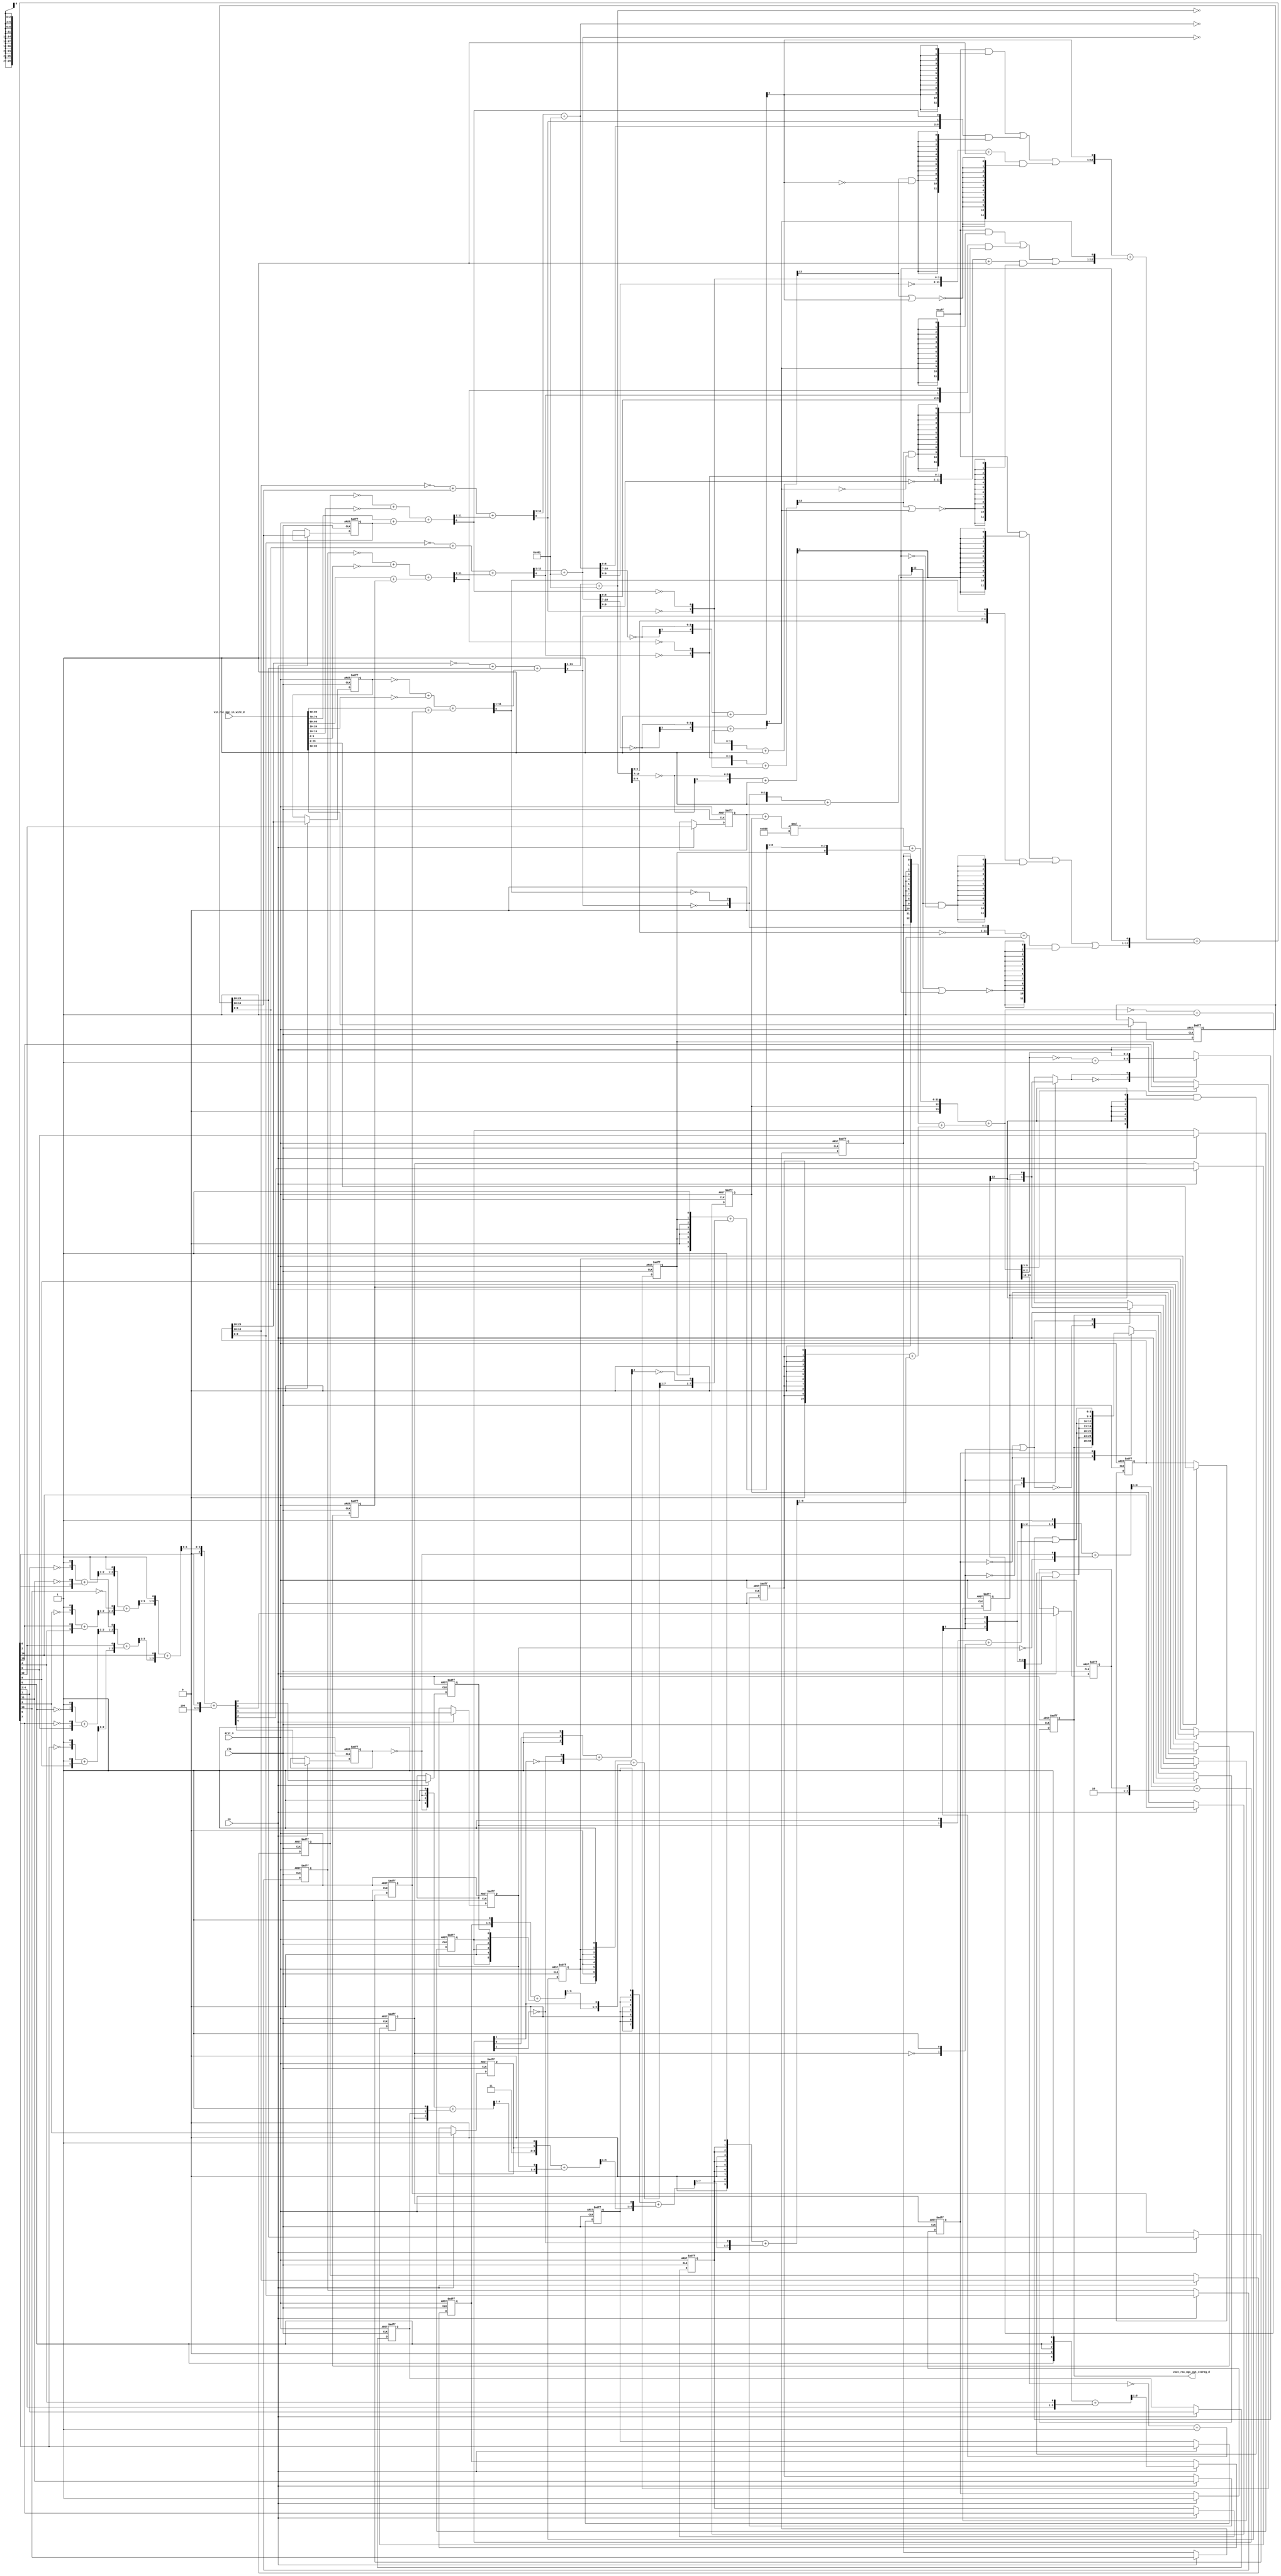
module edge_detect_core (
  clk, en, arst_n, vin_rsc_mgc_in_wire_d, vout_rsc_mgc_out_stdreg_d
);
  input clk;
  input en;
  input arst_n;
  input [89:0] vin_rsc_mgc_in_wire_d;
  output [29:0] vout_rsc_mgc_out_stdreg_d;
  reg [29:0] vout_rsc_mgc_out_stdreg_d;


  // Interconnect Declarations
  reg absmax_3_else_slc_svs;
  reg [9:0] ACC2_slc_regs_regs_2_1_itm;
  reg [9:0] ACC2_slc_regs_regs_2_sg2_itm;
  reg [9:0] ACC2_slc_regs_regs_2_1_3_itm;
  reg [9:0] ACC2_slc_regs_regs_2_sg2_3_itm;
  reg [9:0] ACC2_slc_regs_regs_2_1_4_itm;
  reg [9:0] ACC2_slc_regs_regs_2_sg2_4_itm;
  reg FRAME_avg_slc_acc_imod_itm_1;
  reg FRAME_avg_slc_acc_psp_57_itm_1;
  reg FRAME_avg_slc_acc_psp_46_itm_1;
  reg FRAME_avg_slc_acc_psp_35_itm_1;
  reg FRAME_avg_slc_acc_psp_27_itm_1;
  reg [4:0] FRAME_avg_slc_10_itm_1;
  reg FRAME_avg_slc_acc_psp_21_itm_1;
  reg FRAME_avg_slc_acc_imod_6_itm_1;
  reg FRAME_avg_slc_acc_psp_51_itm_1;
  reg FRAME_avg_slc_acc_psp_40_itm_1;
  reg FRAME_avg_slc_acc_psp_31_itm_1;
  reg FRAME_avg_slc_acc_psp_24_itm_1;
  reg FRAME_avg_slc_acc_psp_17_itm_1;
  reg FRAME_avg_slc_acc_psp_79_itm_1;
  reg main_stage_0_2;
  wire [10:0] ACC1_if_acc_50_psp_1;
  wire [11:0] nl_ACC1_if_acc_50_psp_1;
  wire [10:0] ACC1_if_acc_46_psp_1;
  wire [11:0] nl_ACC1_if_acc_46_psp_1;
  wire [10:0] ACC1_if_acc_psp_1;
  wire [11:0] nl_ACC1_if_acc_psp_1;
  wire [13:0] FRAME_avg_acc_1_psp_1_sva_1;
  wire [14:0] nl_FRAME_avg_acc_1_psp_1_sva_1;
  wire [11:0] ACC1_if_acc_49_sdt;
  wire [12:0] nl_ACC1_if_acc_49_sdt;
  wire [11:0] ACC1_if_acc_38_sdt;
  wire [12:0] nl_ACC1_if_acc_38_sdt;
  wire [11:0] ACC1_if_acc_45_sdt;
  wire [12:0] nl_ACC1_if_acc_45_sdt;
  wire [11:0] ACC1_if_acc_33_sdt;
  wire [12:0] nl_ACC1_if_acc_33_sdt;
  wire [11:0] ACC1_if_acc_42_sdt;
  wire [12:0] nl_ACC1_if_acc_42_sdt;
  wire [11:0] ACC1_if_acc_28_sdt;
  wire [12:0] nl_ACC1_if_acc_28_sdt;
  reg reg_FRAME_avg_slc_acc_imod_9_itm_1_cse;
  reg reg_FRAME_avg_slc_acc_imod_8_itm_1_cse;
  reg reg_FRAME_avg_slc_acc_imod_5_itm_1_cse;
  reg [29:0] reg_regs_regs_0_sva_sg2_cse;
  reg [29:0] reg_regs_regs_0_sva_2_cse;
  wire [3:0] absmax_3_if_acc_itm;
  wire [4:0] nl_absmax_3_if_acc_itm;
  wire [6:0] absmax_absmax_return_3_sg1_lpi_1_dfm_1;
  wire [2:0] absmax_absmax_return_7_lpi_1_dfm_1;
  wire [2:0] acc_imod_1_sva;
  wire [3:0] nl_acc_imod_1_sva;
  wire [4:0] acc_imod_sva;
  wire [5:0] nl_acc_imod_sva;
  wire [14:0] acc_psp_1_sva;
  wire [15:0] nl_acc_psp_1_sva;
  wire [13:0] absmax_3_else_acc_itm;
  wire [14:0] nl_absmax_3_else_acc_itm;
  wire [13:0] absmax_else_if_acc_itm;
  wire [13:0] absmax_1_else_if_acc_itm;
  wire [13:0] absmax_2_else_if_acc_itm;
  wire [4:0] absmax_2_if_acc_itm;
  wire [5:0] nl_absmax_2_if_acc_itm;
  wire [4:0] absmax_1_if_acc_itm;
  wire [5:0] nl_absmax_1_if_acc_itm;
  wire [4:0] absmax_if_acc_itm;
  wire [5:0] nl_absmax_if_acc_itm;

  wire[2:0] absmax_3_else_mux_1_nl;
  wire[0:0] mux_1_nl;
  wire[11:0] absmax_1_mux1h_nl;
  wire[11:0] absmax_2_mux1h_nl;
  wire[11:0] absmax_mux1h_nl;

  // Interconnect Declarations for Component Instantiations 
  assign nl_FRAME_avg_acc_1_psp_1_sva_1 = conv_u2s_13_14({FRAME_avg_slc_acc_psp_57_itm_1
      , (conv_u2u_24_12(conv_u2u_2_12(conv_u2u_1_2(FRAME_avg_slc_acc_psp_46_itm_1)
      + conv_u2u_1_2(FRAME_avg_slc_acc_psp_57_itm_1)) * 12'b10101010101) + conv_u2u_9_12({FRAME_avg_slc_acc_psp_35_itm_1
      , (readslicef_9_8_1((conv_u2u_8_9({FRAME_avg_slc_acc_psp_35_itm_1 , 1'b0 ,
      FRAME_avg_slc_acc_psp_35_itm_1 , 1'b0 , FRAME_avg_slc_acc_psp_35_itm_1 , 1'b0
      , FRAME_avg_slc_acc_psp_35_itm_1 , 1'b1}) + conv_u2u_8_9({(readslicef_8_7_1((({FRAME_avg_slc_acc_psp_27_itm_1
      , 1'b0 , FRAME_avg_slc_acc_psp_27_itm_1 , 1'b0 , FRAME_avg_slc_acc_psp_27_itm_1
      , 1'b0 , FRAME_avg_slc_acc_psp_27_itm_1 , 1'b1}) + conv_u2u_7_8({(readslicef_7_6_1((conv_u2u_6_7({FRAME_avg_slc_10_itm_1
      , 1'b1}) + conv_u2u_6_7({FRAME_avg_slc_acc_psp_21_itm_1 , 1'b0 , FRAME_avg_slc_acc_psp_21_itm_1
      , 1'b0 , FRAME_avg_slc_acc_psp_21_itm_1 , FRAME_avg_slc_acc_imod_6_itm_1}))))
      , (acc_imod_1_sva[1])})))) , (~ (readslicef_3_1_2((({1'b1 , (acc_imod_1_sva[0])
      , 1'b1}) + conv_u2s_2_3({(~ (acc_imod_1_sva[1])) , (~ (acc_imod_1_sva[2]))})))))}))))}))})
      + conv_s2s_13_14(conv_u2s_12_13({FRAME_avg_slc_acc_psp_51_itm_1 , 1'b0 , FRAME_avg_slc_acc_psp_51_itm_1
      , 1'b0 , FRAME_avg_slc_acc_psp_51_itm_1 , 1'b0 , FRAME_avg_slc_acc_psp_51_itm_1
      , 1'b0 , FRAME_avg_slc_acc_psp_51_itm_1 , 1'b0 , ({{1{FRAME_avg_slc_acc_psp_51_itm_1}},
      FRAME_avg_slc_acc_psp_51_itm_1})}) + conv_s2s_11_13(conv_u2s_10_11({FRAME_avg_slc_acc_psp_40_itm_1
      , 1'b0 , FRAME_avg_slc_acc_psp_40_itm_1 , 1'b0 , FRAME_avg_slc_acc_psp_40_itm_1
      , 1'b0 , FRAME_avg_slc_acc_psp_40_itm_1 , 1'b0 , ({{1{FRAME_avg_slc_acc_psp_40_itm_1}},
      FRAME_avg_slc_acc_psp_40_itm_1})}) + conv_s2s_9_11(readslicef_10_9_1((conv_u2s_9_10({FRAME_avg_slc_acc_psp_31_itm_1
      , 1'b0 , FRAME_avg_slc_acc_psp_31_itm_1 , 1'b0 , FRAME_avg_slc_acc_psp_31_itm_1
      , 1'b0 , ({{1{FRAME_avg_slc_acc_psp_31_itm_1}}, FRAME_avg_slc_acc_psp_31_itm_1})
      , 1'b1}) + conv_s2s_8_10({(readslicef_8_7_1((conv_u2s_7_8({FRAME_avg_slc_acc_psp_24_itm_1
      , 1'b0 , FRAME_avg_slc_acc_psp_24_itm_1 , 1'b0 , ({{1{FRAME_avg_slc_acc_psp_24_itm_1}},
      FRAME_avg_slc_acc_psp_24_itm_1}) , 1'b1}) + conv_s2s_5_8({(readslicef_5_4_1((conv_u2s_4_5({2'b11
      , FRAME_avg_slc_acc_psp_17_itm_1 , 1'b1}) + ({(readslicef_5_4_1((conv_u2u_4_5({(~
      reg_FRAME_avg_slc_acc_imod_9_itm_1_cse) , 1'b1 , (~ reg_FRAME_avg_slc_acc_imod_9_itm_1_cse)
      , 1'b1}) + conv_u2u_3_5({reg_FRAME_avg_slc_acc_imod_8_itm_1_cse , FRAME_avg_slc_acc_psp_79_itm_1
      , 1'b1})))) , reg_FRAME_avg_slc_acc_imod_5_itm_1_cse})))) , reg_FRAME_avg_slc_acc_imod_8_itm_1_cse}))))
      , (~ (acc_imod_1_sva[2]))}))))));
  assign FRAME_avg_acc_1_psp_1_sva_1 = nl_FRAME_avg_acc_1_psp_1_sva_1[13:0];
  assign nl_absmax_3_else_acc_itm = (~ FRAME_avg_acc_1_psp_1_sva_1) + 14'b1;
  assign absmax_3_else_acc_itm = nl_absmax_3_else_acc_itm[13:0];
  assign absmax_absmax_return_3_sg1_lpi_1_dfm_1 = ((FRAME_avg_acc_1_psp_1_sva_1[9:3])
      & (signext_7_1(absmax_3_else_acc_itm[13]))) | (signext_7_1(absmax_3_if_acc_itm[3]));
  assign mux_1_nl = MUX_s_1_2_2({(absmax_3_else_acc_itm[13]) , absmax_3_else_slc_svs},
      absmax_3_if_acc_itm[3]);
  assign absmax_3_else_mux_1_nl = MUX_v_3_2_2({((~ (FRAME_avg_acc_1_psp_1_sva_1[2:0]))
      + 3'b1) , (FRAME_avg_acc_1_psp_1_sva_1[2:0])}, mux_1_nl);
  assign absmax_absmax_return_7_lpi_1_dfm_1 = (absmax_3_else_mux_1_nl) | (signext_3_1(absmax_3_if_acc_itm[3]));
  assign nl_absmax_3_if_acc_itm = (~ (FRAME_avg_acc_1_psp_1_sva_1[13:10])) + 4'b1;
  assign absmax_3_if_acc_itm = nl_absmax_3_if_acc_itm[3:0];
  assign nl_acc_imod_1_sva = (readslicef_4_3_1((conv_u2u_3_4({(readslicef_3_2_1((conv_u2u_2_3({FRAME_avg_slc_acc_imod_6_itm_1
      , 1'b1}) + conv_u2u_2_3({(~ reg_FRAME_avg_slc_acc_imod_8_itm_1_cse) , 1'b1}))))
      , 1'b1}) + conv_u2u_2_4({(~ reg_FRAME_avg_slc_acc_imod_5_itm_1_cse) , (~ reg_FRAME_avg_slc_acc_imod_9_itm_1_cse)}))))
      + ({2'b10 , FRAME_avg_slc_acc_imod_itm_1});
  assign acc_imod_1_sva = nl_acc_imod_1_sva[2:0];
  assign absmax_else_if_acc_itm = signext_14_13(({(~ ACC1_if_acc_psp_1) , (~ (ACC1_if_acc_42_sdt[0]))
      , (~ (ACC1_if_acc_28_sdt[0]))}) + 13'b1);
  assign nl_ACC1_if_acc_psp_1 = (ACC1_if_acc_42_sdt[11:1]) + 11'b10000000001;
  assign ACC1_if_acc_psp_1 = nl_ACC1_if_acc_psp_1[10:0];
  assign nl_ACC1_if_acc_42_sdt = conv_u2u_11_12(conv_u2u_10_11(~ (reg_regs_regs_0_sva_2_cse[29:20]))
      + conv_u2u_10_11(reg_regs_regs_0_sva_sg2_cse[29:20])) + conv_u2u_11_12(ACC1_if_acc_28_sdt[11:1]);
  assign ACC1_if_acc_42_sdt = nl_ACC1_if_acc_42_sdt[11:0];
  assign nl_ACC1_if_acc_28_sdt = conv_u2u_11_12(conv_u2u_10_11(~ ACC2_slc_regs_regs_2_1_itm)
      + conv_u2u_10_11(~ (vin_rsc_mgc_in_wire_d[29:20]))) + conv_u2u_11_12(conv_u2u_10_11(vin_rsc_mgc_in_wire_d[89:80])
      + conv_u2u_10_11(ACC2_slc_regs_regs_2_sg2_itm));
  assign ACC1_if_acc_28_sdt = nl_ACC1_if_acc_28_sdt[11:0];
  assign absmax_1_else_if_acc_itm = signext_14_13(({(~ ACC1_if_acc_46_psp_1) , (~
      (ACC1_if_acc_45_sdt[0])) , (~ (ACC1_if_acc_33_sdt[0]))}) + 13'b1);
  assign nl_ACC1_if_acc_46_psp_1 = (ACC1_if_acc_45_sdt[11:1]) + 11'b10000000001;
  assign ACC1_if_acc_46_psp_1 = nl_ACC1_if_acc_46_psp_1[10:0];
  assign nl_ACC1_if_acc_45_sdt = conv_u2u_11_12(conv_u2u_10_11(~ (reg_regs_regs_0_sva_2_cse[19:10]))
      + conv_u2u_10_11(reg_regs_regs_0_sva_sg2_cse[19:10])) + conv_u2u_11_12(ACC1_if_acc_33_sdt[11:1]);
  assign ACC1_if_acc_45_sdt = nl_ACC1_if_acc_45_sdt[11:0];
  assign nl_ACC1_if_acc_33_sdt = conv_u2u_11_12(conv_u2u_10_11(~ ACC2_slc_regs_regs_2_1_3_itm)
      + conv_u2u_10_11(~ (vin_rsc_mgc_in_wire_d[19:10]))) + conv_u2u_11_12(conv_u2u_10_11(vin_rsc_mgc_in_wire_d[79:70])
      + conv_u2u_10_11(ACC2_slc_regs_regs_2_sg2_3_itm));
  assign ACC1_if_acc_33_sdt = nl_ACC1_if_acc_33_sdt[11:0];
  assign absmax_2_else_if_acc_itm = signext_14_13(({(~ ACC1_if_acc_50_psp_1) , (~
      (ACC1_if_acc_49_sdt[0])) , (~ (ACC1_if_acc_38_sdt[0]))}) + 13'b1);
  assign nl_ACC1_if_acc_50_psp_1 = (ACC1_if_acc_49_sdt[11:1]) + 11'b10000000001;
  assign ACC1_if_acc_50_psp_1 = nl_ACC1_if_acc_50_psp_1[10:0];
  assign nl_ACC1_if_acc_49_sdt = conv_u2u_11_12(conv_u2u_10_11(~ (reg_regs_regs_0_sva_2_cse[9:0]))
      + conv_u2u_10_11(reg_regs_regs_0_sva_sg2_cse[9:0])) + conv_u2u_11_12(ACC1_if_acc_38_sdt[11:1]);
  assign ACC1_if_acc_49_sdt = nl_ACC1_if_acc_49_sdt[11:0];
  assign nl_ACC1_if_acc_38_sdt = conv_u2u_11_12(conv_u2u_10_11(~ ACC2_slc_regs_regs_2_1_4_itm)
      + conv_u2u_10_11(~ (vin_rsc_mgc_in_wire_d[9:0]))) + conv_u2u_11_12(conv_u2u_10_11(vin_rsc_mgc_in_wire_d[69:60])
      + conv_u2u_10_11(ACC2_slc_regs_regs_2_sg2_4_itm));
  assign ACC1_if_acc_38_sdt = nl_ACC1_if_acc_38_sdt[11:0];
  assign nl_absmax_2_if_acc_itm = conv_s2s_4_5(~ (ACC1_if_acc_50_psp_1[10:7])) +
      5'b1;
  assign absmax_2_if_acc_itm = nl_absmax_2_if_acc_itm[4:0];
  assign nl_absmax_1_if_acc_itm = conv_s2s_4_5(~ (ACC1_if_acc_46_psp_1[10:7])) +
      5'b1;
  assign absmax_1_if_acc_itm = nl_absmax_1_if_acc_itm[4:0];
  assign nl_absmax_if_acc_itm = conv_s2s_4_5(~ (ACC1_if_acc_psp_1[10:7])) + 5'b1;
  assign absmax_if_acc_itm = nl_absmax_if_acc_itm[4:0];
  assign nl_acc_imod_sva = conv_u2s_4_5(readslicef_5_4_1((conv_u2u_4_5({(readslicef_4_3_1((conv_u2u_3_4({(readslicef_3_2_1((conv_u2u_2_3({(~
      (acc_psp_1_sva[1])) , 1'b1}) + conv_u2u_2_3({(acc_psp_1_sva[2]) , (~ (acc_psp_1_sva[11]))}))))
      , 1'b1}) + conv_u2u_3_4({(readslicef_3_2_1((conv_u2u_2_3({(~ (acc_psp_1_sva[3]))
      , 1'b1}) + conv_u2u_2_3({(acc_psp_1_sva[4]) , (acc_psp_1_sva[10])})))) , (~
      (acc_psp_1_sva[13]))})))) , 1'b1}) + conv_u2u_4_5({(readslicef_4_3_1((conv_u2u_3_4({(readslicef_3_2_1((conv_u2u_2_3({(~
      (acc_psp_1_sva[5])) , 1'b1}) + conv_u2u_2_3({(acc_psp_1_sva[6]) , (~ (acc_psp_1_sva[9]))}))))
      , 1'b1}) + conv_u2u_3_4({(readslicef_3_2_1((conv_u2u_2_3({(~ (acc_psp_1_sva[7]))
      , 1'b1}) + conv_u2u_2_3({(acc_psp_1_sva[8]) , 1'b1})))) , (acc_psp_1_sva[12])}))))
      , (acc_psp_1_sva[14])})))) + conv_s2s_4_5({3'b100 , (acc_psp_1_sva[0])});
  assign acc_imod_sva = nl_acc_imod_sva[4:0];
  assign absmax_1_mux1h_nl = MUX1HOT_v_12_3_2({(({(~ (ACC1_if_acc_46_psp_1[9:0]))
      , (~ (ACC1_if_acc_45_sdt[0])) , (~ (ACC1_if_acc_33_sdt[0]))}) + 12'b1) , ({3'b0
      , (ACC1_if_acc_46_psp_1[6:0]) , (ACC1_if_acc_45_sdt[0]) , (ACC1_if_acc_33_sdt[0])})
      , 12'b111111111}, {(~((absmax_1_else_if_acc_itm[12]) | (absmax_1_if_acc_itm[4])))
      , ((absmax_1_else_if_acc_itm[12]) & (~ (absmax_1_if_acc_itm[4]))) , (absmax_1_if_acc_itm[4])});
  assign absmax_2_mux1h_nl = MUX1HOT_v_12_3_2({(({(~ (ACC1_if_acc_50_psp_1[9:0]))
      , (~ (ACC1_if_acc_49_sdt[0])) , (~ (ACC1_if_acc_38_sdt[0]))}) + 12'b1) , ({3'b0
      , (ACC1_if_acc_50_psp_1[6:0]) , (ACC1_if_acc_49_sdt[0]) , (ACC1_if_acc_38_sdt[0])})
      , 12'b111111111}, {(~((absmax_2_else_if_acc_itm[12]) | (absmax_2_if_acc_itm[4])))
      , ((absmax_2_else_if_acc_itm[12]) & (~ (absmax_2_if_acc_itm[4]))) , (absmax_2_if_acc_itm[4])});
  assign absmax_mux1h_nl = MUX1HOT_v_12_3_2({(({(~ (ACC1_if_acc_psp_1[9:0])) , (~
      (ACC1_if_acc_42_sdt[0])) , (~ (ACC1_if_acc_28_sdt[0]))}) + 12'b1) , ({3'b0
      , (ACC1_if_acc_psp_1[6:0]) , (ACC1_if_acc_42_sdt[0]) , (ACC1_if_acc_28_sdt[0])})
      , 12'b111111111}, {(~((absmax_else_if_acc_itm[12]) | (absmax_if_acc_itm[4])))
      , ((absmax_else_if_acc_itm[12]) & (~ (absmax_if_acc_itm[4]))) , (absmax_if_acc_itm[4])});
  assign nl_acc_psp_1_sva = conv_u2u_14_15(conv_u2u_13_14({(absmax_1_mux1h_nl) ,
      (absmax_1_if_acc_itm[4])}) + conv_u2u_13_14({(absmax_2_mux1h_nl) , (absmax_2_if_acc_itm[4])}))
      + conv_u2u_13_15({(absmax_mux1h_nl) , (absmax_if_acc_itm[4])});
  assign acc_psp_1_sva = nl_acc_psp_1_sva[14:0];
  always @(posedge clk or negedge arst_n) begin
    if ( ~ arst_n ) begin
      vout_rsc_mgc_out_stdreg_d <= 30'b0;
      absmax_3_else_slc_svs <= 1'b0;
      FRAME_avg_slc_acc_psp_57_itm_1 <= 1'b0;
      FRAME_avg_slc_acc_psp_46_itm_1 <= 1'b0;
      FRAME_avg_slc_acc_psp_35_itm_1 <= 1'b0;
      FRAME_avg_slc_acc_psp_27_itm_1 <= 1'b0;
      FRAME_avg_slc_10_itm_1 <= 5'b0;
      FRAME_avg_slc_acc_psp_21_itm_1 <= 1'b0;
      FRAME_avg_slc_acc_imod_6_itm_1 <= 1'b0;
      FRAME_avg_slc_acc_psp_51_itm_1 <= 1'b0;
      FRAME_avg_slc_acc_psp_40_itm_1 <= 1'b0;
      FRAME_avg_slc_acc_psp_31_itm_1 <= 1'b0;
      FRAME_avg_slc_acc_psp_24_itm_1 <= 1'b0;
      FRAME_avg_slc_acc_psp_17_itm_1 <= 1'b0;
      reg_FRAME_avg_slc_acc_imod_9_itm_1_cse <= 1'b0;
      reg_FRAME_avg_slc_acc_imod_8_itm_1_cse <= 1'b0;
      FRAME_avg_slc_acc_psp_79_itm_1 <= 1'b0;
      reg_FRAME_avg_slc_acc_imod_5_itm_1_cse <= 1'b0;
      FRAME_avg_slc_acc_imod_itm_1 <= 1'b0;
      reg_regs_regs_0_sva_2_cse <= 30'b0;
      reg_regs_regs_0_sva_sg2_cse <= 30'b0;
      ACC2_slc_regs_regs_2_1_4_itm <= 10'b0;
      ACC2_slc_regs_regs_2_sg2_4_itm <= 10'b0;
      ACC2_slc_regs_regs_2_1_3_itm <= 10'b0;
      ACC2_slc_regs_regs_2_sg2_3_itm <= 10'b0;
      ACC2_slc_regs_regs_2_1_itm <= 10'b0;
      ACC2_slc_regs_regs_2_sg2_itm <= 10'b0;
      main_stage_0_2 <= 1'b0;
    end
    else begin
      if ( en ) begin
        vout_rsc_mgc_out_stdreg_d <= MUX_v_30_2_2({vout_rsc_mgc_out_stdreg_d , ({absmax_absmax_return_3_sg1_lpi_1_dfm_1
            , absmax_absmax_return_7_lpi_1_dfm_1 , absmax_absmax_return_3_sg1_lpi_1_dfm_1
            , absmax_absmax_return_7_lpi_1_dfm_1 , absmax_absmax_return_3_sg1_lpi_1_dfm_1
            , absmax_absmax_return_7_lpi_1_dfm_1})}, main_stage_0_2);
        absmax_3_else_slc_svs <= MUX_s_1_2_2({(absmax_3_else_acc_itm[13]) , absmax_3_else_slc_svs},
            (~ main_stage_0_2) | (absmax_3_if_acc_itm[3]));
        FRAME_avg_slc_acc_psp_57_itm_1 <= acc_psp_1_sva[14];
        FRAME_avg_slc_acc_psp_46_itm_1 <= acc_psp_1_sva[12];
        FRAME_avg_slc_acc_psp_35_itm_1 <= acc_psp_1_sva[10];
        FRAME_avg_slc_acc_psp_27_itm_1 <= acc_psp_1_sva[8];
        FRAME_avg_slc_10_itm_1 <= readslicef_6_5_1((conv_u2u_5_6({(acc_psp_1_sva[5])
            , 1'b0 , (signext_2_1(acc_psp_1_sva[5])) , 1'b1}) + conv_u2u_4_6({(acc_psp_1_sva[4:2])
            , (acc_psp_1_sva[4])})));
        FRAME_avg_slc_acc_psp_21_itm_1 <= acc_psp_1_sva[6];
        FRAME_avg_slc_acc_imod_6_itm_1 <= acc_imod_sva[2];
        FRAME_avg_slc_acc_psp_51_itm_1 <= acc_psp_1_sva[13];
        FRAME_avg_slc_acc_psp_40_itm_1 <= acc_psp_1_sva[11];
        FRAME_avg_slc_acc_psp_31_itm_1 <= acc_psp_1_sva[9];
        FRAME_avg_slc_acc_psp_24_itm_1 <= acc_psp_1_sva[7];
        FRAME_avg_slc_acc_psp_17_itm_1 <= acc_psp_1_sva[3];
        reg_FRAME_avg_slc_acc_imod_9_itm_1_cse <= acc_imod_sva[4];
        reg_FRAME_avg_slc_acc_imod_8_itm_1_cse <= acc_imod_sva[3];
        FRAME_avg_slc_acc_psp_79_itm_1 <= acc_psp_1_sva[1];
        reg_FRAME_avg_slc_acc_imod_5_itm_1_cse <= acc_imod_sva[1];
        FRAME_avg_slc_acc_imod_itm_1 <= acc_imod_sva[0];
        reg_regs_regs_0_sva_2_cse <= vin_rsc_mgc_in_wire_d[29:0];
        reg_regs_regs_0_sva_sg2_cse <= vin_rsc_mgc_in_wire_d[89:60];
        ACC2_slc_regs_regs_2_1_4_itm <= reg_regs_regs_0_sva_2_cse[9:0];
        ACC2_slc_regs_regs_2_sg2_4_itm <= reg_regs_regs_0_sva_sg2_cse[9:0];
        ACC2_slc_regs_regs_2_1_3_itm <= reg_regs_regs_0_sva_2_cse[19:10];
        ACC2_slc_regs_regs_2_sg2_3_itm <= reg_regs_regs_0_sva_sg2_cse[19:10];
        ACC2_slc_regs_regs_2_1_itm <= reg_regs_regs_0_sva_2_cse[29:20];
        ACC2_slc_regs_regs_2_sg2_itm <= reg_regs_regs_0_sva_sg2_cse[29:20];
        main_stage_0_2 <= 1'b1;
      end
    end
  end

  function [7:0] readslicef_9_8_1;
    input [8:0] vector;
    reg [8:0] tmp;
  begin
    tmp = vector >> 1;
    readslicef_9_8_1 = tmp[7:0];
  end
  endfunction


  function [6:0] readslicef_8_7_1;
    input [7:0] vector;
    reg [7:0] tmp;
  begin
    tmp = vector >> 1;
    readslicef_8_7_1 = tmp[6:0];
  end
  endfunction


  function [5:0] readslicef_7_6_1;
    input [6:0] vector;
    reg [6:0] tmp;
  begin
    tmp = vector >> 1;
    readslicef_7_6_1 = tmp[5:0];
  end
  endfunction


  function [0:0] readslicef_3_1_2;
    input [2:0] vector;
    reg [2:0] tmp;
  begin
    tmp = vector >> 2;
    readslicef_3_1_2 = tmp[0:0];
  end
  endfunction


  function [8:0] readslicef_10_9_1;
    input [9:0] vector;
    reg [9:0] tmp;
  begin
    tmp = vector >> 1;
    readslicef_10_9_1 = tmp[8:0];
  end
  endfunction


  function [3:0] readslicef_5_4_1;
    input [4:0] vector;
    reg [4:0] tmp;
  begin
    tmp = vector >> 1;
    readslicef_5_4_1 = tmp[3:0];
  end
  endfunction


  function [6:0] signext_7_1;
    input [0:0] vector;
  begin
    signext_7_1= {{6{vector[0]}}, vector};
  end
  endfunction


  function [0:0] MUX_s_1_2_2;
    input [1:0] inputs;
    input [0:0] sel;
    reg [0:0] result;
  begin
    case (sel)
      1'b0 : begin
        result = inputs[1:1];
      end
      1'b1 : begin
        result = inputs[0:0];
      end
      default : begin
        result = inputs[1:1];
      end
    endcase
    MUX_s_1_2_2 = result;
  end
  endfunction


  function [2:0] MUX_v_3_2_2;
    input [5:0] inputs;
    input [0:0] sel;
    reg [2:0] result;
  begin
    case (sel)
      1'b0 : begin
        result = inputs[5:3];
      end
      1'b1 : begin
        result = inputs[2:0];
      end
      default : begin
        result = inputs[5:3];
      end
    endcase
    MUX_v_3_2_2 = result;
  end
  endfunction


  function [2:0] signext_3_1;
    input [0:0] vector;
  begin
    signext_3_1= {{2{vector[0]}}, vector};
  end
  endfunction


  function [2:0] readslicef_4_3_1;
    input [3:0] vector;
    reg [3:0] tmp;
  begin
    tmp = vector >> 1;
    readslicef_4_3_1 = tmp[2:0];
  end
  endfunction


  function [1:0] readslicef_3_2_1;
    input [2:0] vector;
    reg [2:0] tmp;
  begin
    tmp = vector >> 1;
    readslicef_3_2_1 = tmp[1:0];
  end
  endfunction


  function [13:0] signext_14_13;
    input [12:0] vector;
  begin
    signext_14_13= {{1{vector[12]}}, vector};
  end
  endfunction


  function [11:0] MUX1HOT_v_12_3_2;
    input [35:0] inputs;
    input [2:0] sel;
    reg [11:0] result;
    integer i;
  begin
    result = inputs[0+:12] & {12{sel[0]}};
    for( i = 1; i < 3; i = i + 1 )
      result = result | (inputs[i*12+:12] & {12{sel[i]}});
    MUX1HOT_v_12_3_2 = result;
  end
  endfunction


  function [29:0] MUX_v_30_2_2;
    input [59:0] inputs;
    input [0:0] sel;
    reg [29:0] result;
  begin
    case (sel)
      1'b0 : begin
        result = inputs[59:30];
      end
      1'b1 : begin
        result = inputs[29:0];
      end
      default : begin
        result = inputs[59:30];
      end
    endcase
    MUX_v_30_2_2 = result;
  end
  endfunction


  function [4:0] readslicef_6_5_1;
    input [5:0] vector;
    reg [5:0] tmp;
  begin
    tmp = vector >> 1;
    readslicef_6_5_1 = tmp[4:0];
  end
  endfunction


  function [1:0] signext_2_1;
    input [0:0] vector;
  begin
    signext_2_1= {{1{vector[0]}}, vector};
  end
  endfunction


  function signed [13:0] conv_u2s_13_14 ;
    input [12:0]  vector ;
  begin
    conv_u2s_13_14 = {1'b0, vector};
  end
  endfunction


  function  [11:0] conv_u2u_24_12 ;
    input [23:0]  vector ;
  begin
    conv_u2u_24_12 = vector[11:0];
  end
  endfunction


  function  [11:0] conv_u2u_2_12 ;
    input [1:0]  vector ;
  begin
    conv_u2u_2_12 = {{10{1'b0}}, vector};
  end
  endfunction


  function  [1:0] conv_u2u_1_2 ;
    input [0:0]  vector ;
  begin
    conv_u2u_1_2 = {1'b0, vector};
  end
  endfunction


  function  [11:0] conv_u2u_9_12 ;
    input [8:0]  vector ;
  begin
    conv_u2u_9_12 = {{3{1'b0}}, vector};
  end
  endfunction


  function  [8:0] conv_u2u_8_9 ;
    input [7:0]  vector ;
  begin
    conv_u2u_8_9 = {1'b0, vector};
  end
  endfunction


  function  [7:0] conv_u2u_7_8 ;
    input [6:0]  vector ;
  begin
    conv_u2u_7_8 = {1'b0, vector};
  end
  endfunction


  function  [6:0] conv_u2u_6_7 ;
    input [5:0]  vector ;
  begin
    conv_u2u_6_7 = {1'b0, vector};
  end
  endfunction


  function signed [2:0] conv_u2s_2_3 ;
    input [1:0]  vector ;
  begin
    conv_u2s_2_3 = {1'b0, vector};
  end
  endfunction


  function signed [13:0] conv_s2s_13_14 ;
    input signed [12:0]  vector ;
  begin
    conv_s2s_13_14 = {vector[12], vector};
  end
  endfunction


  function signed [12:0] conv_u2s_12_13 ;
    input [11:0]  vector ;
  begin
    conv_u2s_12_13 = {1'b0, vector};
  end
  endfunction


  function signed [12:0] conv_s2s_11_13 ;
    input signed [10:0]  vector ;
  begin
    conv_s2s_11_13 = {{2{vector[10]}}, vector};
  end
  endfunction


  function signed [10:0] conv_u2s_10_11 ;
    input [9:0]  vector ;
  begin
    conv_u2s_10_11 = {1'b0, vector};
  end
  endfunction


  function signed [10:0] conv_s2s_9_11 ;
    input signed [8:0]  vector ;
  begin
    conv_s2s_9_11 = {{2{vector[8]}}, vector};
  end
  endfunction


  function signed [9:0] conv_u2s_9_10 ;
    input [8:0]  vector ;
  begin
    conv_u2s_9_10 = {1'b0, vector};
  end
  endfunction


  function signed [9:0] conv_s2s_8_10 ;
    input signed [7:0]  vector ;
  begin
    conv_s2s_8_10 = {{2{vector[7]}}, vector};
  end
  endfunction


  function signed [7:0] conv_u2s_7_8 ;
    input [6:0]  vector ;
  begin
    conv_u2s_7_8 = {1'b0, vector};
  end
  endfunction


  function signed [7:0] conv_s2s_5_8 ;
    input signed [4:0]  vector ;
  begin
    conv_s2s_5_8 = {{3{vector[4]}}, vector};
  end
  endfunction


  function signed [4:0] conv_u2s_4_5 ;
    input [3:0]  vector ;
  begin
    conv_u2s_4_5 = {1'b0, vector};
  end
  endfunction


  function  [4:0] conv_u2u_4_5 ;
    input [3:0]  vector ;
  begin
    conv_u2u_4_5 = {1'b0, vector};
  end
  endfunction


  function  [4:0] conv_u2u_3_5 ;
    input [2:0]  vector ;
  begin
    conv_u2u_3_5 = {{2{1'b0}}, vector};
  end
  endfunction


  function  [3:0] conv_u2u_3_4 ;
    input [2:0]  vector ;
  begin
    conv_u2u_3_4 = {1'b0, vector};
  end
  endfunction


  function  [2:0] conv_u2u_2_3 ;
    input [1:0]  vector ;
  begin
    conv_u2u_2_3 = {1'b0, vector};
  end
  endfunction


  function  [3:0] conv_u2u_2_4 ;
    input [1:0]  vector ;
  begin
    conv_u2u_2_4 = {{2{1'b0}}, vector};
  end
  endfunction


  function  [11:0] conv_u2u_11_12 ;
    input [10:0]  vector ;
  begin
    conv_u2u_11_12 = {1'b0, vector};
  end
  endfunction


  function  [10:0] conv_u2u_10_11 ;
    input [9:0]  vector ;
  begin
    conv_u2u_10_11 = {1'b0, vector};
  end
  endfunction


  function signed [4:0] conv_s2s_4_5 ;
    input signed [3:0]  vector ;
  begin
    conv_s2s_4_5 = {vector[3], vector};
  end
  endfunction


  function  [14:0] conv_u2u_14_15 ;
    input [13:0]  vector ;
  begin
    conv_u2u_14_15 = {1'b0, vector};
  end
  endfunction


  function  [13:0] conv_u2u_13_14 ;
    input [12:0]  vector ;
  begin
    conv_u2u_13_14 = {1'b0, vector};
  end
  endfunction


  function  [14:0] conv_u2u_13_15 ;
    input [12:0]  vector ;
  begin
    conv_u2u_13_15 = {{2{1'b0}}, vector};
  end
  endfunction


  function  [5:0] conv_u2u_5_6 ;
    input [4:0]  vector ;
  begin
    conv_u2u_5_6 = {1'b0, vector};
  end
  endfunction


  function  [5:0] conv_u2u_4_6 ;
    input [3:0]  vector ;
  begin
    conv_u2u_4_6 = {{2{1'b0}}, vector};
  end
  endfunction

endmodule
module edge_detect (
  vin_rsc_z, vout_rsc_z, clk, en, arst_n
);
  input [89:0] vin_rsc_z;
  output [29:0] vout_rsc_z;
  input clk;
  input en;
  input arst_n;


  // Interconnect Declarations
  wire [89:0] vin_rsc_mgc_in_wire_d;
  wire [29:0] vout_rsc_mgc_out_stdreg_d;


  // Interconnect Declarations for Component Instantiations 
  mgc_in_wire #(.rscid(1),
  .width(90)) vin_rsc_mgc_in_wire (
      .d(vin_rsc_mgc_in_wire_d),
      .z(vin_rsc_z)
    );
  mgc_out_stdreg #(.rscid(2),
  .width(30)) vout_rsc_mgc_out_stdreg (
      .d(vout_rsc_mgc_out_stdreg_d),
      .z(vout_rsc_z)
    );
  edge_detect_core edge_detect_core_inst (
      .clk(clk),
      .en(en),
      .arst_n(arst_n),
      .vin_rsc_mgc_in_wire_d(vin_rsc_mgc_in_wire_d),
      .vout_rsc_mgc_out_stdreg_d(vout_rsc_mgc_out_stdreg_d)
    );
endmodule